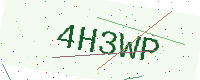
Text: 4H3WP